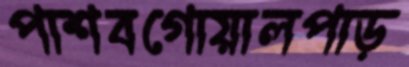
পাশবগোয়ালপাড়